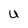
Character: U